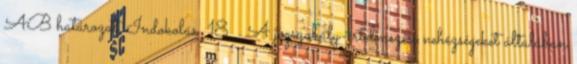
AB határozat, Indokolás 18 . A jogszabály-értelmezési nehézségeket általában